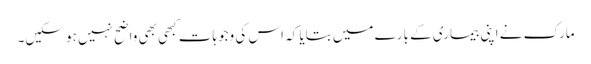
مارک نے اپنی بیماری کے بارے میں بتایا کہ اس کی وجوہات کبھی بھی واضح نہیں ہو سکیں۔